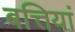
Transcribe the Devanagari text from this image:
बत्तियां